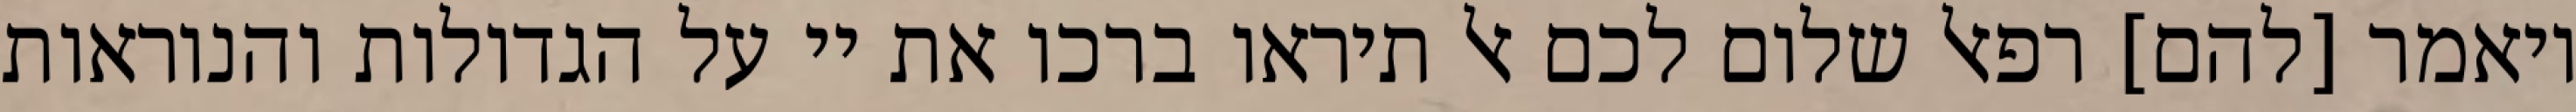
ויאמר [להם] רפאל שלום לכם אל תיראו ברכו את יי על הגדולות והנוראות